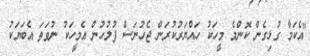
"އެކަމާ ގުޅިގެން ކޮންމެ މީހަކު ހައްޔަރުކުރަން ޖެހުނަސް ފުލުުހުން އެމީހަކު ނުވަތަ އެބަޔަކު